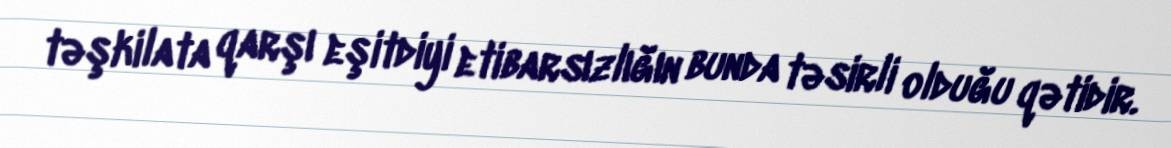
təşkilata qarşı eşitdiyi etibarsızlığın bunda təsirli olduğu qətidir.